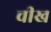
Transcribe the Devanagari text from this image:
चीख